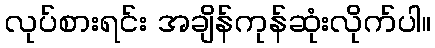
လုပ်စားရင်း အချိန်ကုန်ဆုံးလိုက်ပါ။